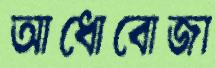
আধোবোজা